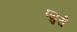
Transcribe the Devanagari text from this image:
प्युरी